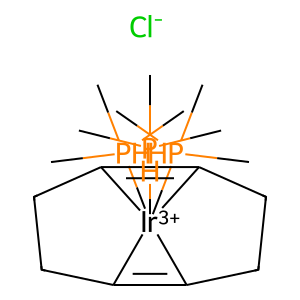
SMILES: C[PH](C)(C)[Ir+3]123([PH](C)(C)C)([PH](C)(C)C)C4=C1CCC2=C3CC4.[Cl-]
Inhibits HIV replication: No